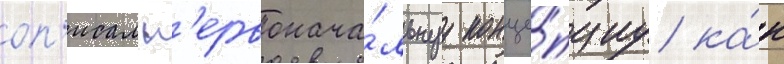
оп'исал п'ервонача́льнуу конце́пциу ка́к